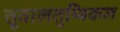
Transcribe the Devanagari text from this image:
तूवालतुम्बिकल